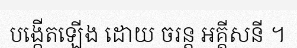
បង្កើតឡើង ដោយ ចរន្ត អគ្គីសនី ។